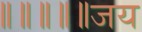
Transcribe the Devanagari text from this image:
॥॥॥॥॥जय